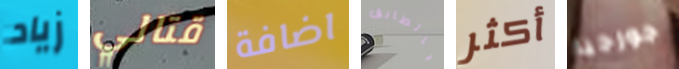
زياد قتالي اضافة بالطابق أكثر جورجيا